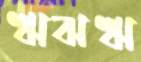
ঋঝঋ